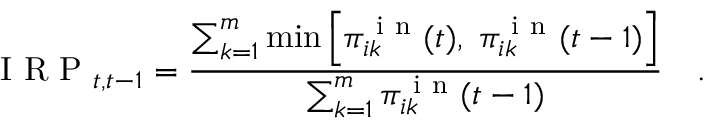
\mathrm { ~ I ~ R ~ P ~ } _ { t , t - 1 } = \frac { \sum _ { k = 1 } ^ { m } \operatorname* { m i n } \left[ \pi _ { i k } ^ { \mathrm { ~ i ~ n ~ } } ( t ) , \; \pi _ { i k } ^ { \mathrm { ~ i ~ n ~ } } ( t - 1 ) \right] } { \sum _ { k = 1 } ^ { m } \pi _ { i k } ^ { \mathrm { ~ i ~ n ~ } } ( t - 1 ) } \quad .